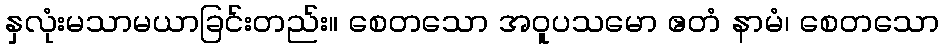
နှလုံးမသာမယာခြင်းတည်း။ စေတသော အဝူပသမော ဧတံ နာမံ၊ စေတသော